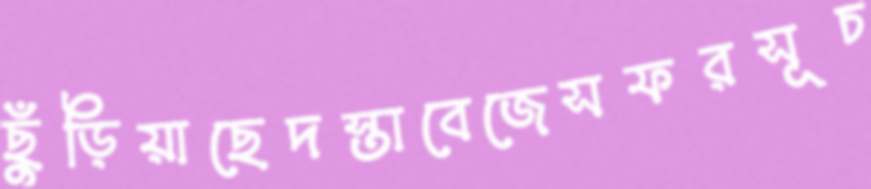
ছুঁড়িয়াছেদস্তাবেজেসফরসূচ